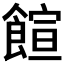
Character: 𩝑